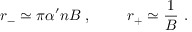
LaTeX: r _ { - } \simeq \pi \alpha ^ { \prime } n B \ , \ \ \ \ \ \ \ r _ { + } \simeq \frac { 1 } { B } \ .